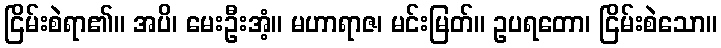
ငြိမ်းစဲရာ၏။ အပိ၊ မေးဦးအံ့။ မဟာရာဇ၊ မင်းမြတ်။ ဥပရတော၊ ငြိမ်းစဲသော။